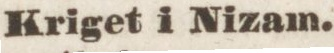
Kriget i Nizam.